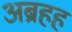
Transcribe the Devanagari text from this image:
अब्रहह